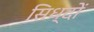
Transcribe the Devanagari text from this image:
सिध्दों